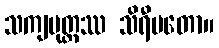
သကျပုတ္တဿ သိရီမတော။